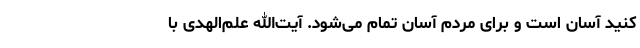
کنید آسان است و برای مردم آسان تمام می‌شود. آیت‌الله علم‌الهدی با